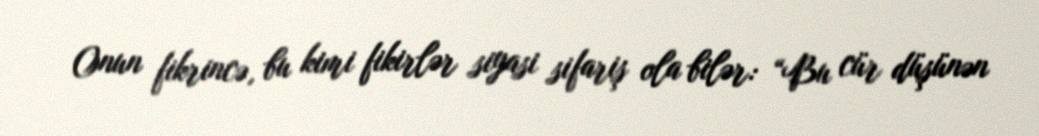
Onun fikrincə, bu kimi fikirlər siyasi sifariş ola bilər: “Bu cür düşünən